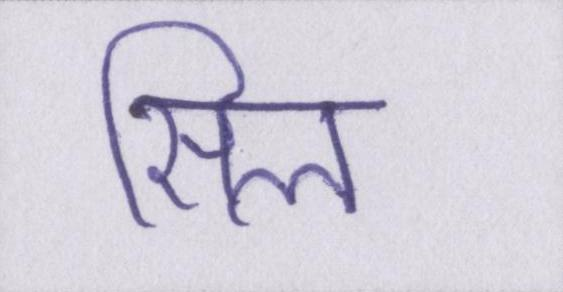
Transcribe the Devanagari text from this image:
सिल